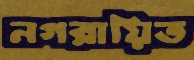
নগরায়িত